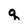
Character: q